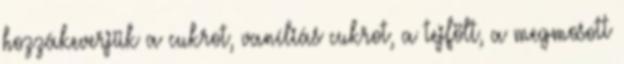
hozzákeverjük a cukrot, vaníliás cukrot, a tejfölt, a megmosott